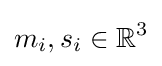
m_{i},s_{i}\in \mathbb {R} ^{3}